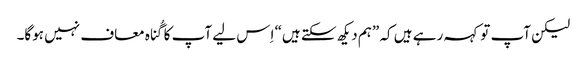
‏ لیکن آپ تو کہہ رہے ہیں کہ ”‏ہم دیکھ سکتے ہیں“‏ اِس لیے آپ کا گُناہ معاف نہیں ہوگا۔